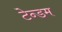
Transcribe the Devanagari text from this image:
टेन्डम